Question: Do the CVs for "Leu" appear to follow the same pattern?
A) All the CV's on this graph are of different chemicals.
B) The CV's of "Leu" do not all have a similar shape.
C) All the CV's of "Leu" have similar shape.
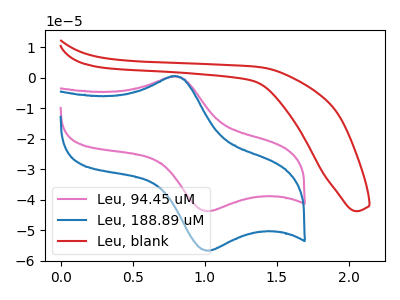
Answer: <think>The pink curve "Leu, 94.45 uM" has an anodic peak at (0.80V, 0.35uA) and a cathodic peak at (1.00V, -43.75uA). The blue curve "Leu, 188.89 uM" has an anodic peak at (0.80V, 0.45uA) and a cathodic peak at (1.00V, -56.70uA). The red curve "Leu, blank" has no peaks.
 All the peaks in "Leu, 94.45 uM" have a peak in "Leu, 188.89 uM" at the same potential. Every peak in "Leu, 94.45 uM" is lower than every peak in "Leu, 188.89 uM". "Leu, 94.45 uM" and "Leu, blank" have a different number of peaks. "Leu, 188.89 uM" and "Leu, blank" have a different number of peaks.</think>
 <answer>C) All the CV's of "Leu" have similar shape.</answer>
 <eval>C</eval>